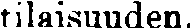
tilaisuuden.